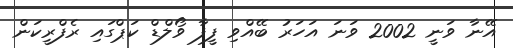
އޭނާ ވަނީ 2002 ވަނަ އަހަރު ބޭއްވި ފީފާ ވޯލްޑް ކަޕްގައި ރެފްރީކަން